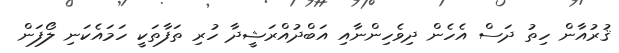
ޤުރުއާން ހިތު ދަސް އެހެން ދިވެހިންނާއި އަބްދުއްރަޝީދާ ހުރި ތަފާތަކީ ހަމައެކަނި ލޯފަން